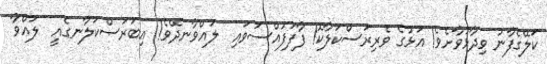
ކަލޭގެފާނު ވިދާޅުވާށެވެ! އަޅުގެ ވެރިރަސްކަލާކޮ! ފާފަފުއްސަވައި  ލައްވާނދޭވެ! އިބަރަސްކަލާނގެއީ  ލައްވާ